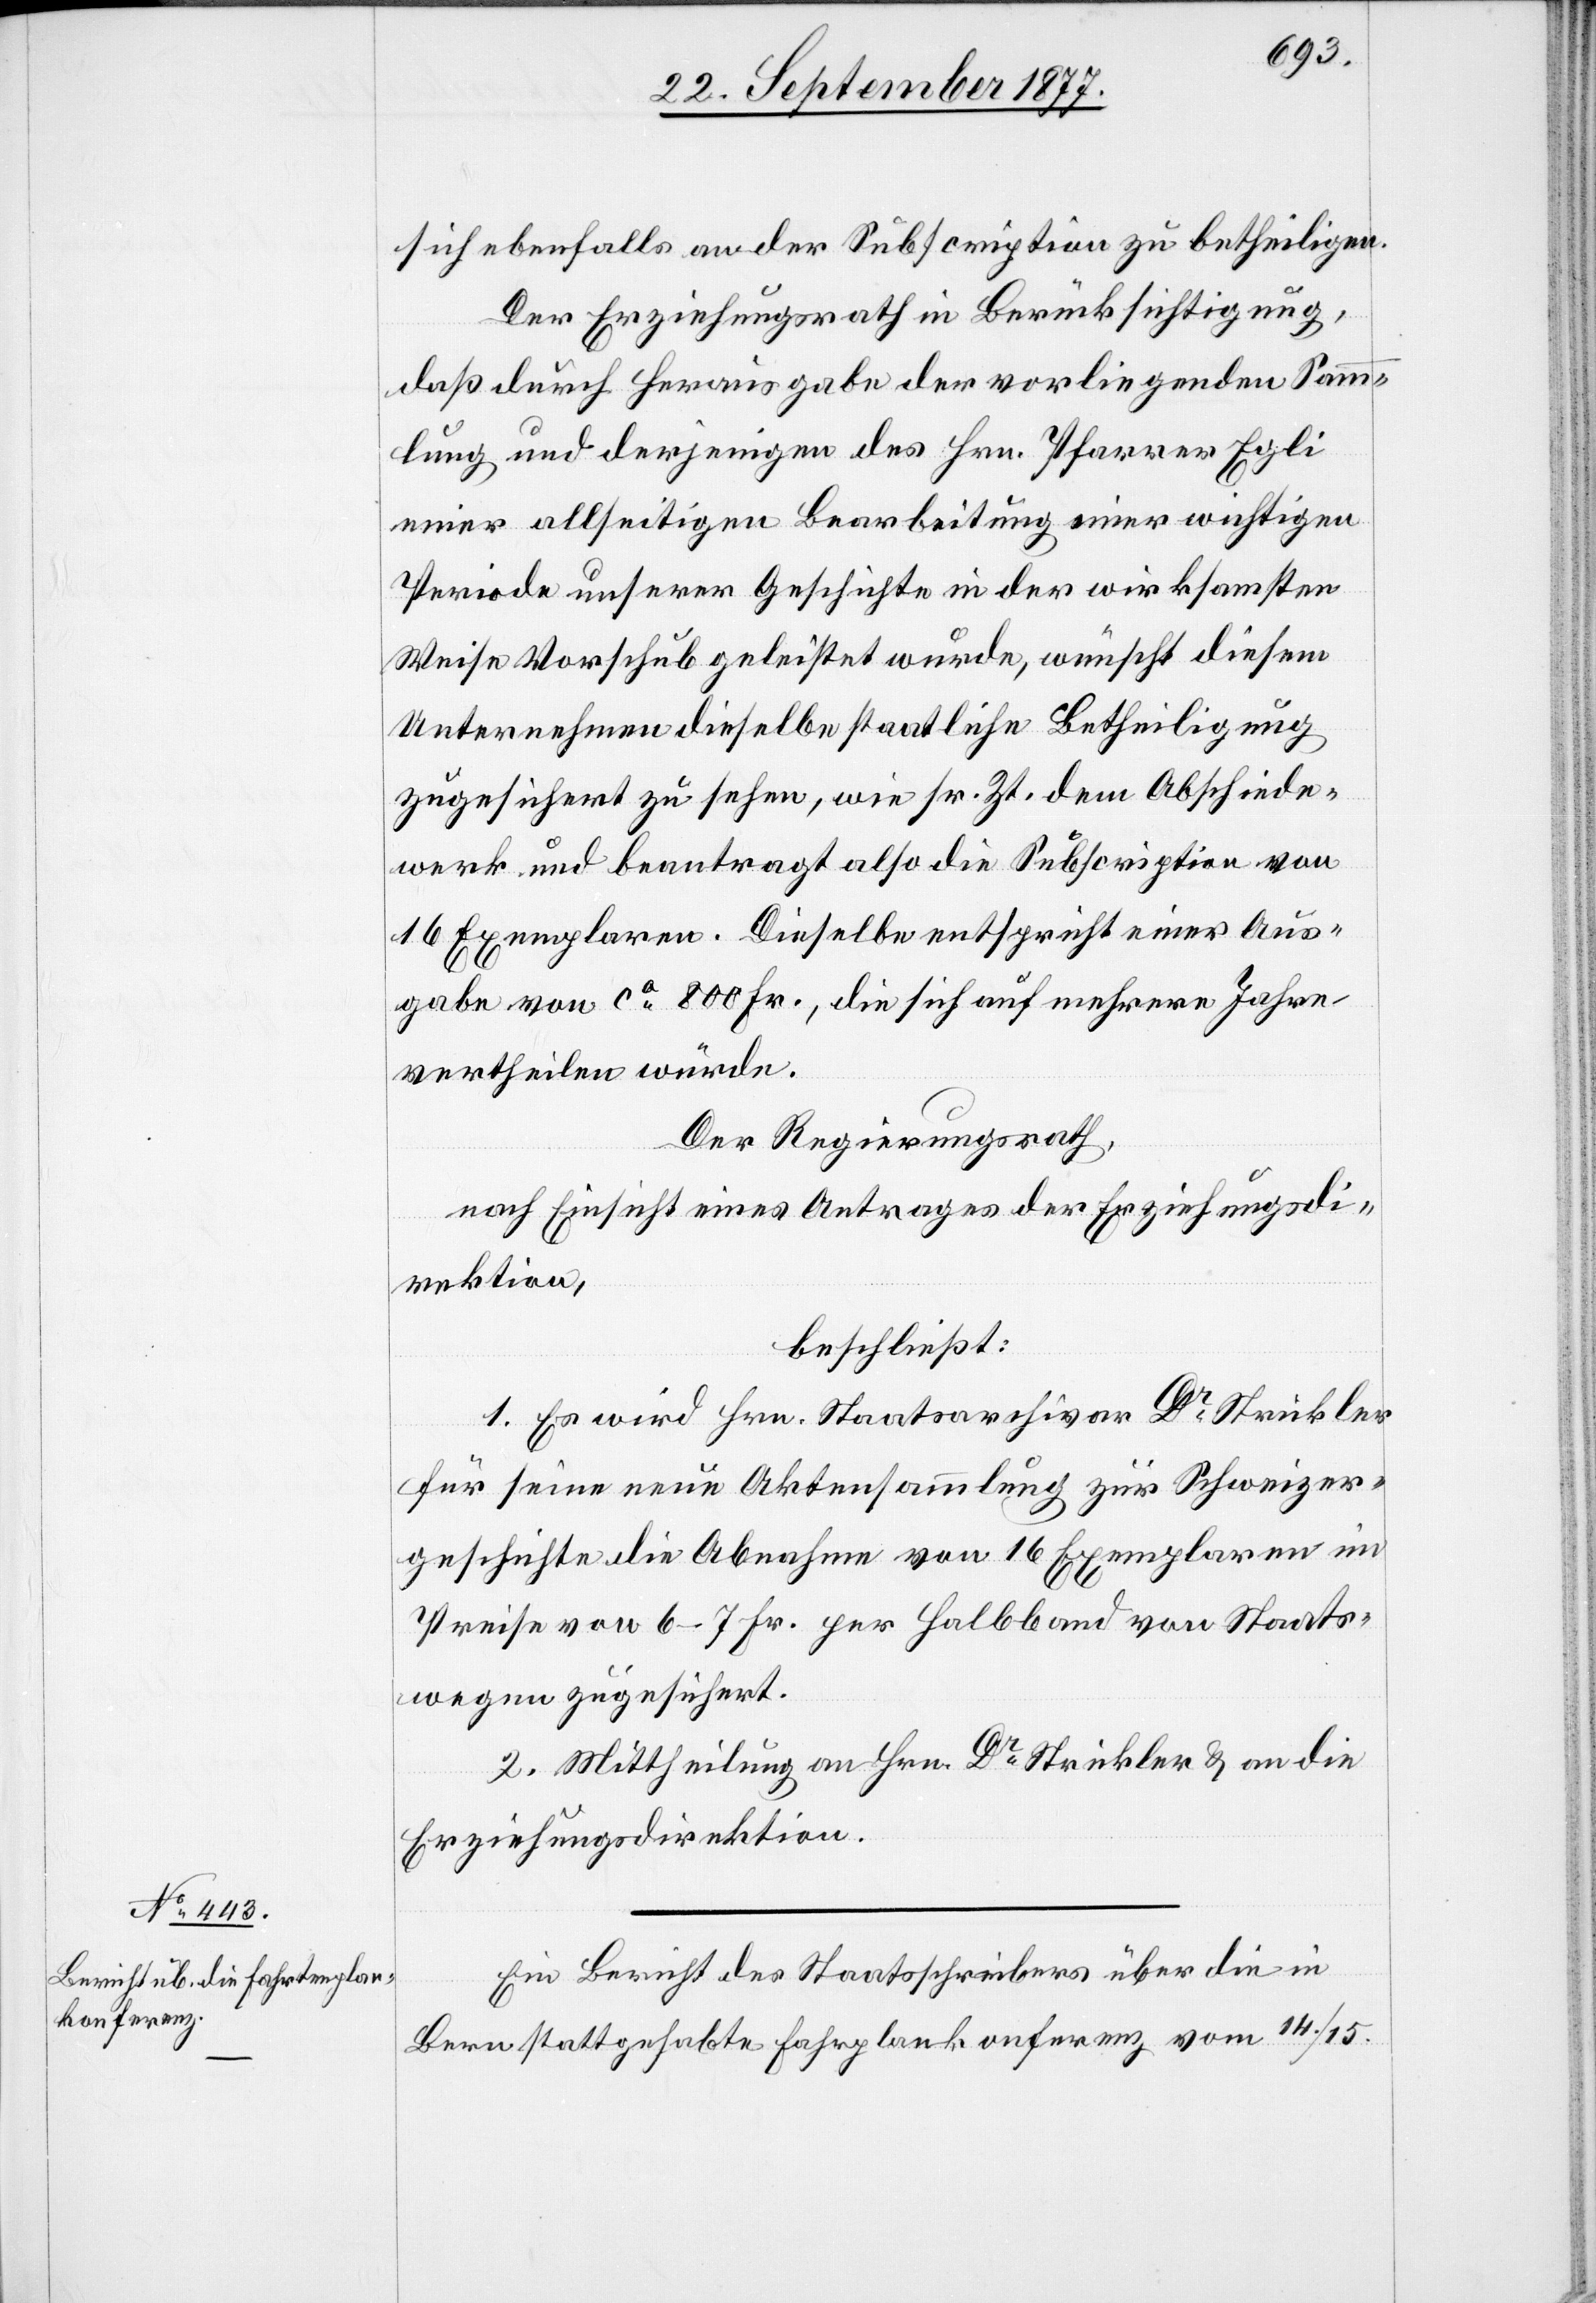
sich ebenfalls an der Subscription zu betheiligen.
Der Erziehungsrath in Berücksichtigung,
daß durch Herausgabe der vorliegenden Samm¬
lung und derjenigen des Hrn. Pfarrer Egli
einer allseitigen Bearbeitung einer wichtigen
Periode unserer Geschichte in der wirksamsten
Weise Vorschub geleistet wurde, wünscht diesem
Unternehmen dieselbe staatliche Betheiligung
zugesichert zu sehen, wie sr. Zt. dem Abschiede¬
werk und beantragt also die Subscription von
16 Exemplaren. Dieselbe entspricht einer Aus¬
gabe von ca 800 Fr., die sich auf mehrere Jahre
vertheilen würde.
Der Regierungsrath,
nach Einsicht eines Antrages der Erziehungsdi¬
rektion,
beschließt:
1. Es wird Hrn. Staatsarchivar Dr Strickler
für seine neue Aktensammlung zur Schweizer¬
geschichte die Abnahme von 16 Exemplaren im
Preise von 6–7 Fr. per Halbband von Staats¬
wegen zugesichert.
2. Mittheilung an Hrn. Dr Strickler & an die
Erziehungsdirektion.
Ein Bericht des Staatsschreibers über die in
Bern stattgehabte Fahrplankonferenz vom 14./15.